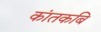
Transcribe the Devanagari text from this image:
कांतकबि